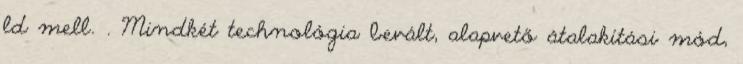
ld mell. . Mindkét technológia bevált, alapvető átalakítási mód,